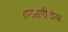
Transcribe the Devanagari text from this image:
तमासगीरांना